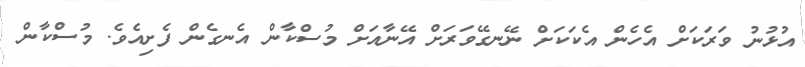
އުޅުނު ވަރަކަށް އެހެން އެކަކަށް ނޭނގޭވަރަށް އޭނާއަށް މުސްކާން އެނގެން ފެށިއެވެ. މުސްކާން